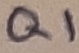
Text: Q1